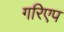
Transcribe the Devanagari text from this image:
गरिएप